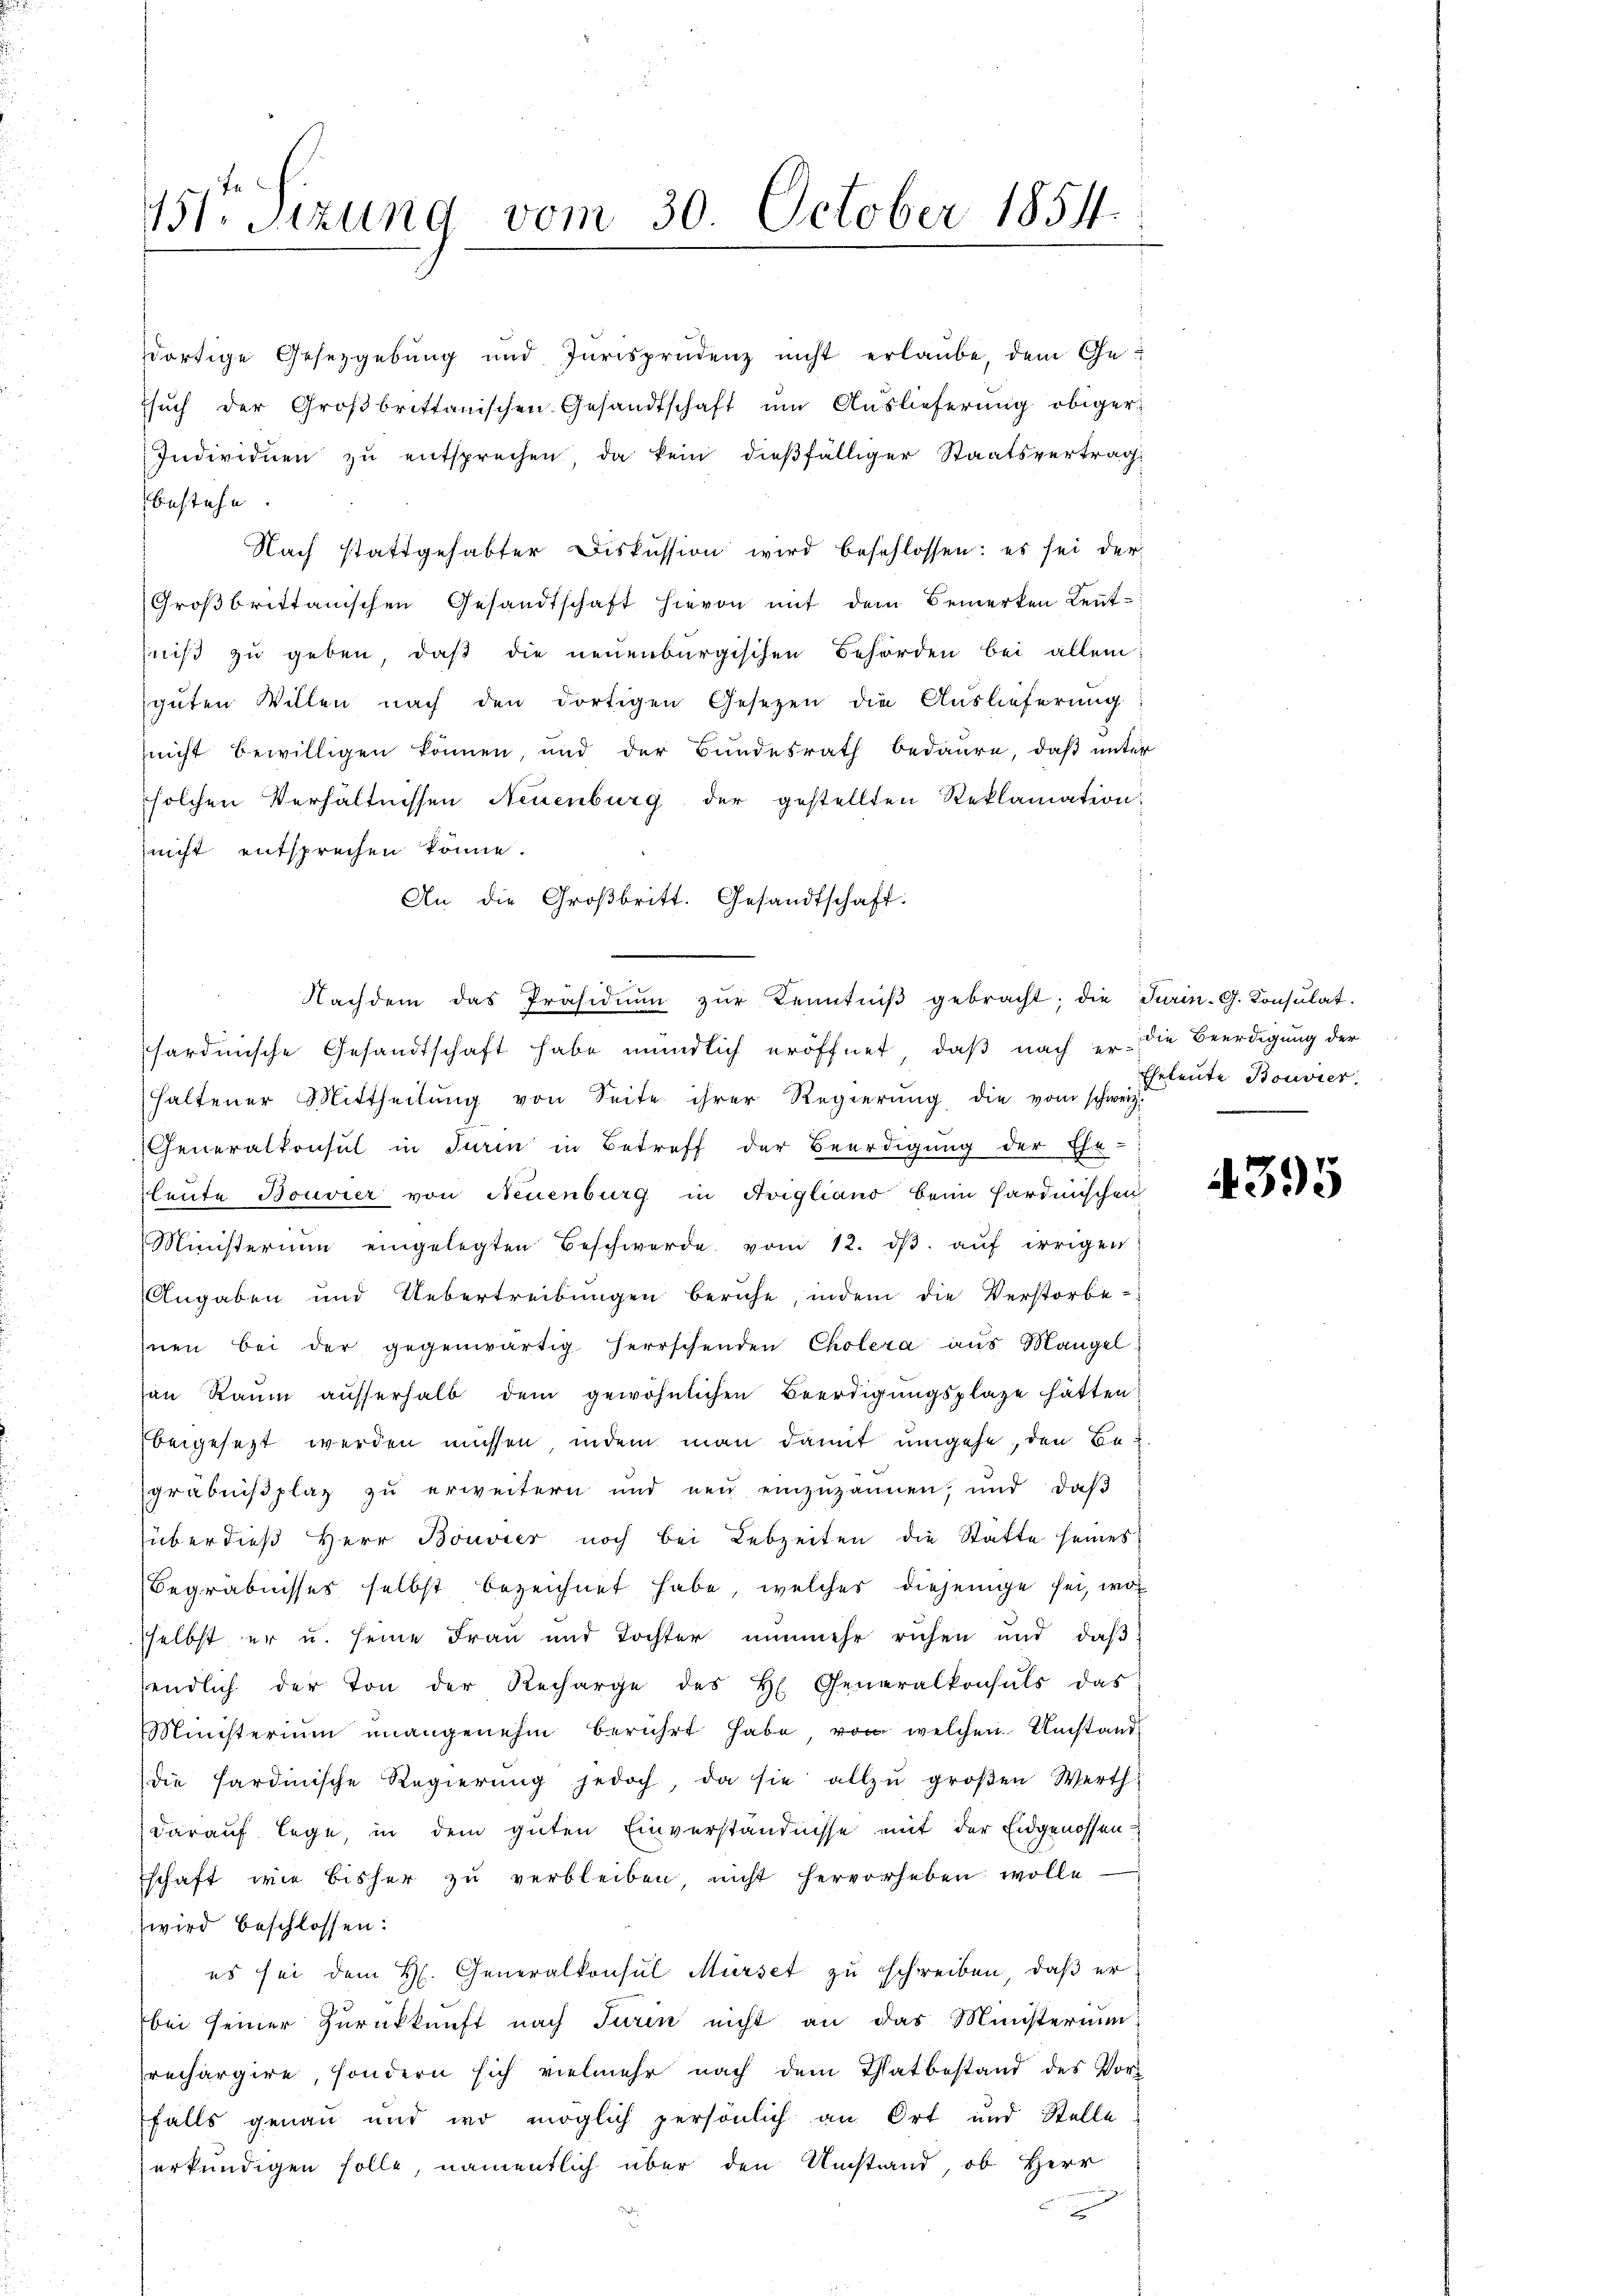
151 Sizung vom 30. October 1854.

An die Großbritt. Gesandtschaft.
sardinische Gesandtschaft habe mündlich eröffnet, daß nach er die Beerdigung der
Haltener Mittheilŭng von Seite ihrer Regierŭng die vom schweiz.
Generalkonsul in Turin in Betreff der Beerdigung der Ehe-
leute Bouvier von Neuenburg in Avigliano beim Hardinischen
Ministerium eingelegten Beschwerde vom 12. dβ aŭf irrigen
Angaben und Uebertreibungen beruhe, indem die Verstorbe-
Inen bei der gegenwärtig herrschenden Cholera aus Mangel
an Raum ausserhalb dem gewöhnlichen Beerdigungsplaze hätten
beigesezt werden müssen, indem man damit umgehe, den Begräbnißplaz zu erweitern und neu einzŭzannen, und daβ
überdieβ Herr Bouvier noch bei Lebzeiten die Statte seines
Begräbnisses selbst bezeichnet habe, welches diejenige sei, wo
sselbst er u. seine Frau und Tochter nunmehr ruhen und daβ
endlich der Ton der Recharge des H. Generalkonsuls das
Ministerium unangenehm berührt habe von welchen Umstand
die hardinische Regierŭng jedoch da sie allzu groβen Werth
darauf lege, in dem guten Einverständnisse mit der Eidgenossen
schaft wie bisher zu verbleiben, nicht hervorheben wolle
wird beschlossen:
es sei dem H. Generalkonsul Mürset zu schreiben, daß er
bei seiner Zurückkunft nach Turin nicht an das Ministerium
rechargire, sondern sich vielmehr nach dem Thatbestand des Vor-
falls genau und wo möglich persönlich an Ort und Stelle
erkundigen solle, namentlich über den Umstand, ob Herr
d

dortige Gesetzgebung und Iurisprudenz nicht erlaŭbe, dem Gesŭch der Groβbrittanischen Gesandtschaft ŭm Aŭslieferŭng obiger
Individuen zŭ entsprechen, da kein dießfälliger Staatsvertrag
bestehe
Nach stattgehabter Diskussion wird beschlossen: es sei der
Großbrittanischen Gesandtschaft hievon mit dem Bemerken Leutniß zu geben, daß die neuenburgischen Behörden bei allein;
guten Willen nach den dortigen Gesetzen die Auslieferung
(nicht bewilligen können und der Bundesrath bedaure, daß unter
solchen Verhältnissen Neuenburg der gestellten Reklamation
nicht entsprechen könne.

Nachdem das Präsidiŭm zŭr Kenntniβ gebracht; die Turin. G. Konsŭlat.

Eheleute Bouvier.

4395